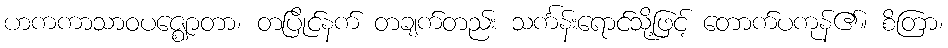
ဟကကာသာဝပဇ္ဈောတာ၊ တပြိုင်နက် တချက်တည်း သင်္ကန်းရောင်သို့ဖြင့် တောက်ပကုန်၏။ စိတြာ၊